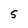
Character: S